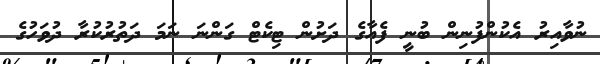
ނުވާއިރު އެކުންފުނިން ބުނީ ފެއާގެ ދަށުން ޓިކެޓް ގަންނަ ނަމަ ދަތުރުކުރާ ދުވަހުގެ